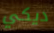
ديكي